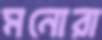
মনোরা